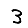
Digit: 3